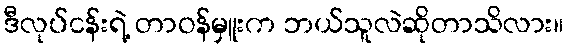
ဒီလုပ်ငန်းရဲ့ တာဝန်မှူးက ဘယ်သူလဲဆိုတာသိလား။